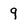
Character: 9